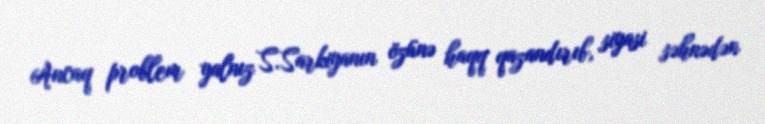
Ancaq problem yalnız S.Sarkiyanın özünə haqq qazandırıb, siyasi səhnədən